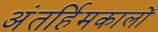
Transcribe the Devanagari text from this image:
अंतर्हिमकालों